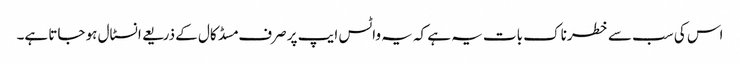
اس کی سب سے خطرناک بات یہ ہے کہ یہ واٹس ایپ پر صرف مسڈ کال کے ذریعے انسٹال ہو جاتا ہے۔